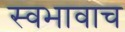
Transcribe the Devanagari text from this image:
स्वभावाच